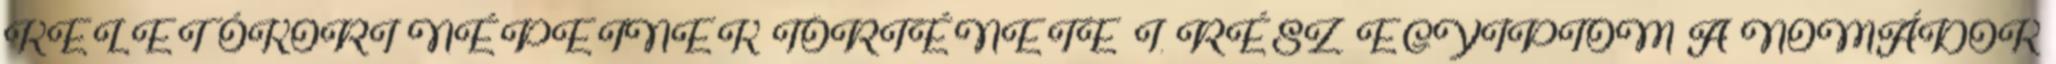
KELET ÓKORI NÉPEINEK TÖRTÉNETE I. RÉSZ. EGYIPTOM A NOMÁDOK